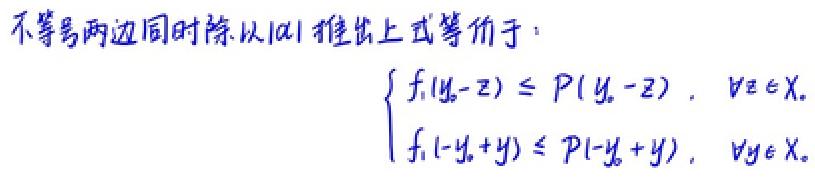
不等号两边同时除以|a|推出上式等价于：
\[
\begin{cases}
f_1(y_0 - z) \leq P(y_0 - z),\quad \forall z \in X_0 \\
f_1(-y_0 + y) \leq P(-y_0 + y),\quad \forall y \in X_0
\end{cases}
\]